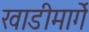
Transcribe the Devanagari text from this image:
खाडीमार्गे